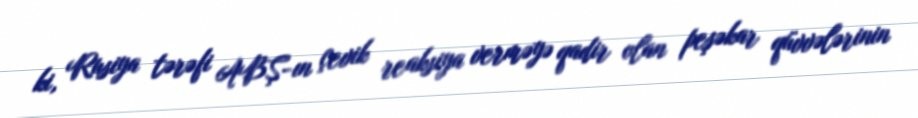
ki, Rusiya tərəfi ABŞ-ın çevik reaksiya verməyə qadir olan peşəkar qüvvələrinin